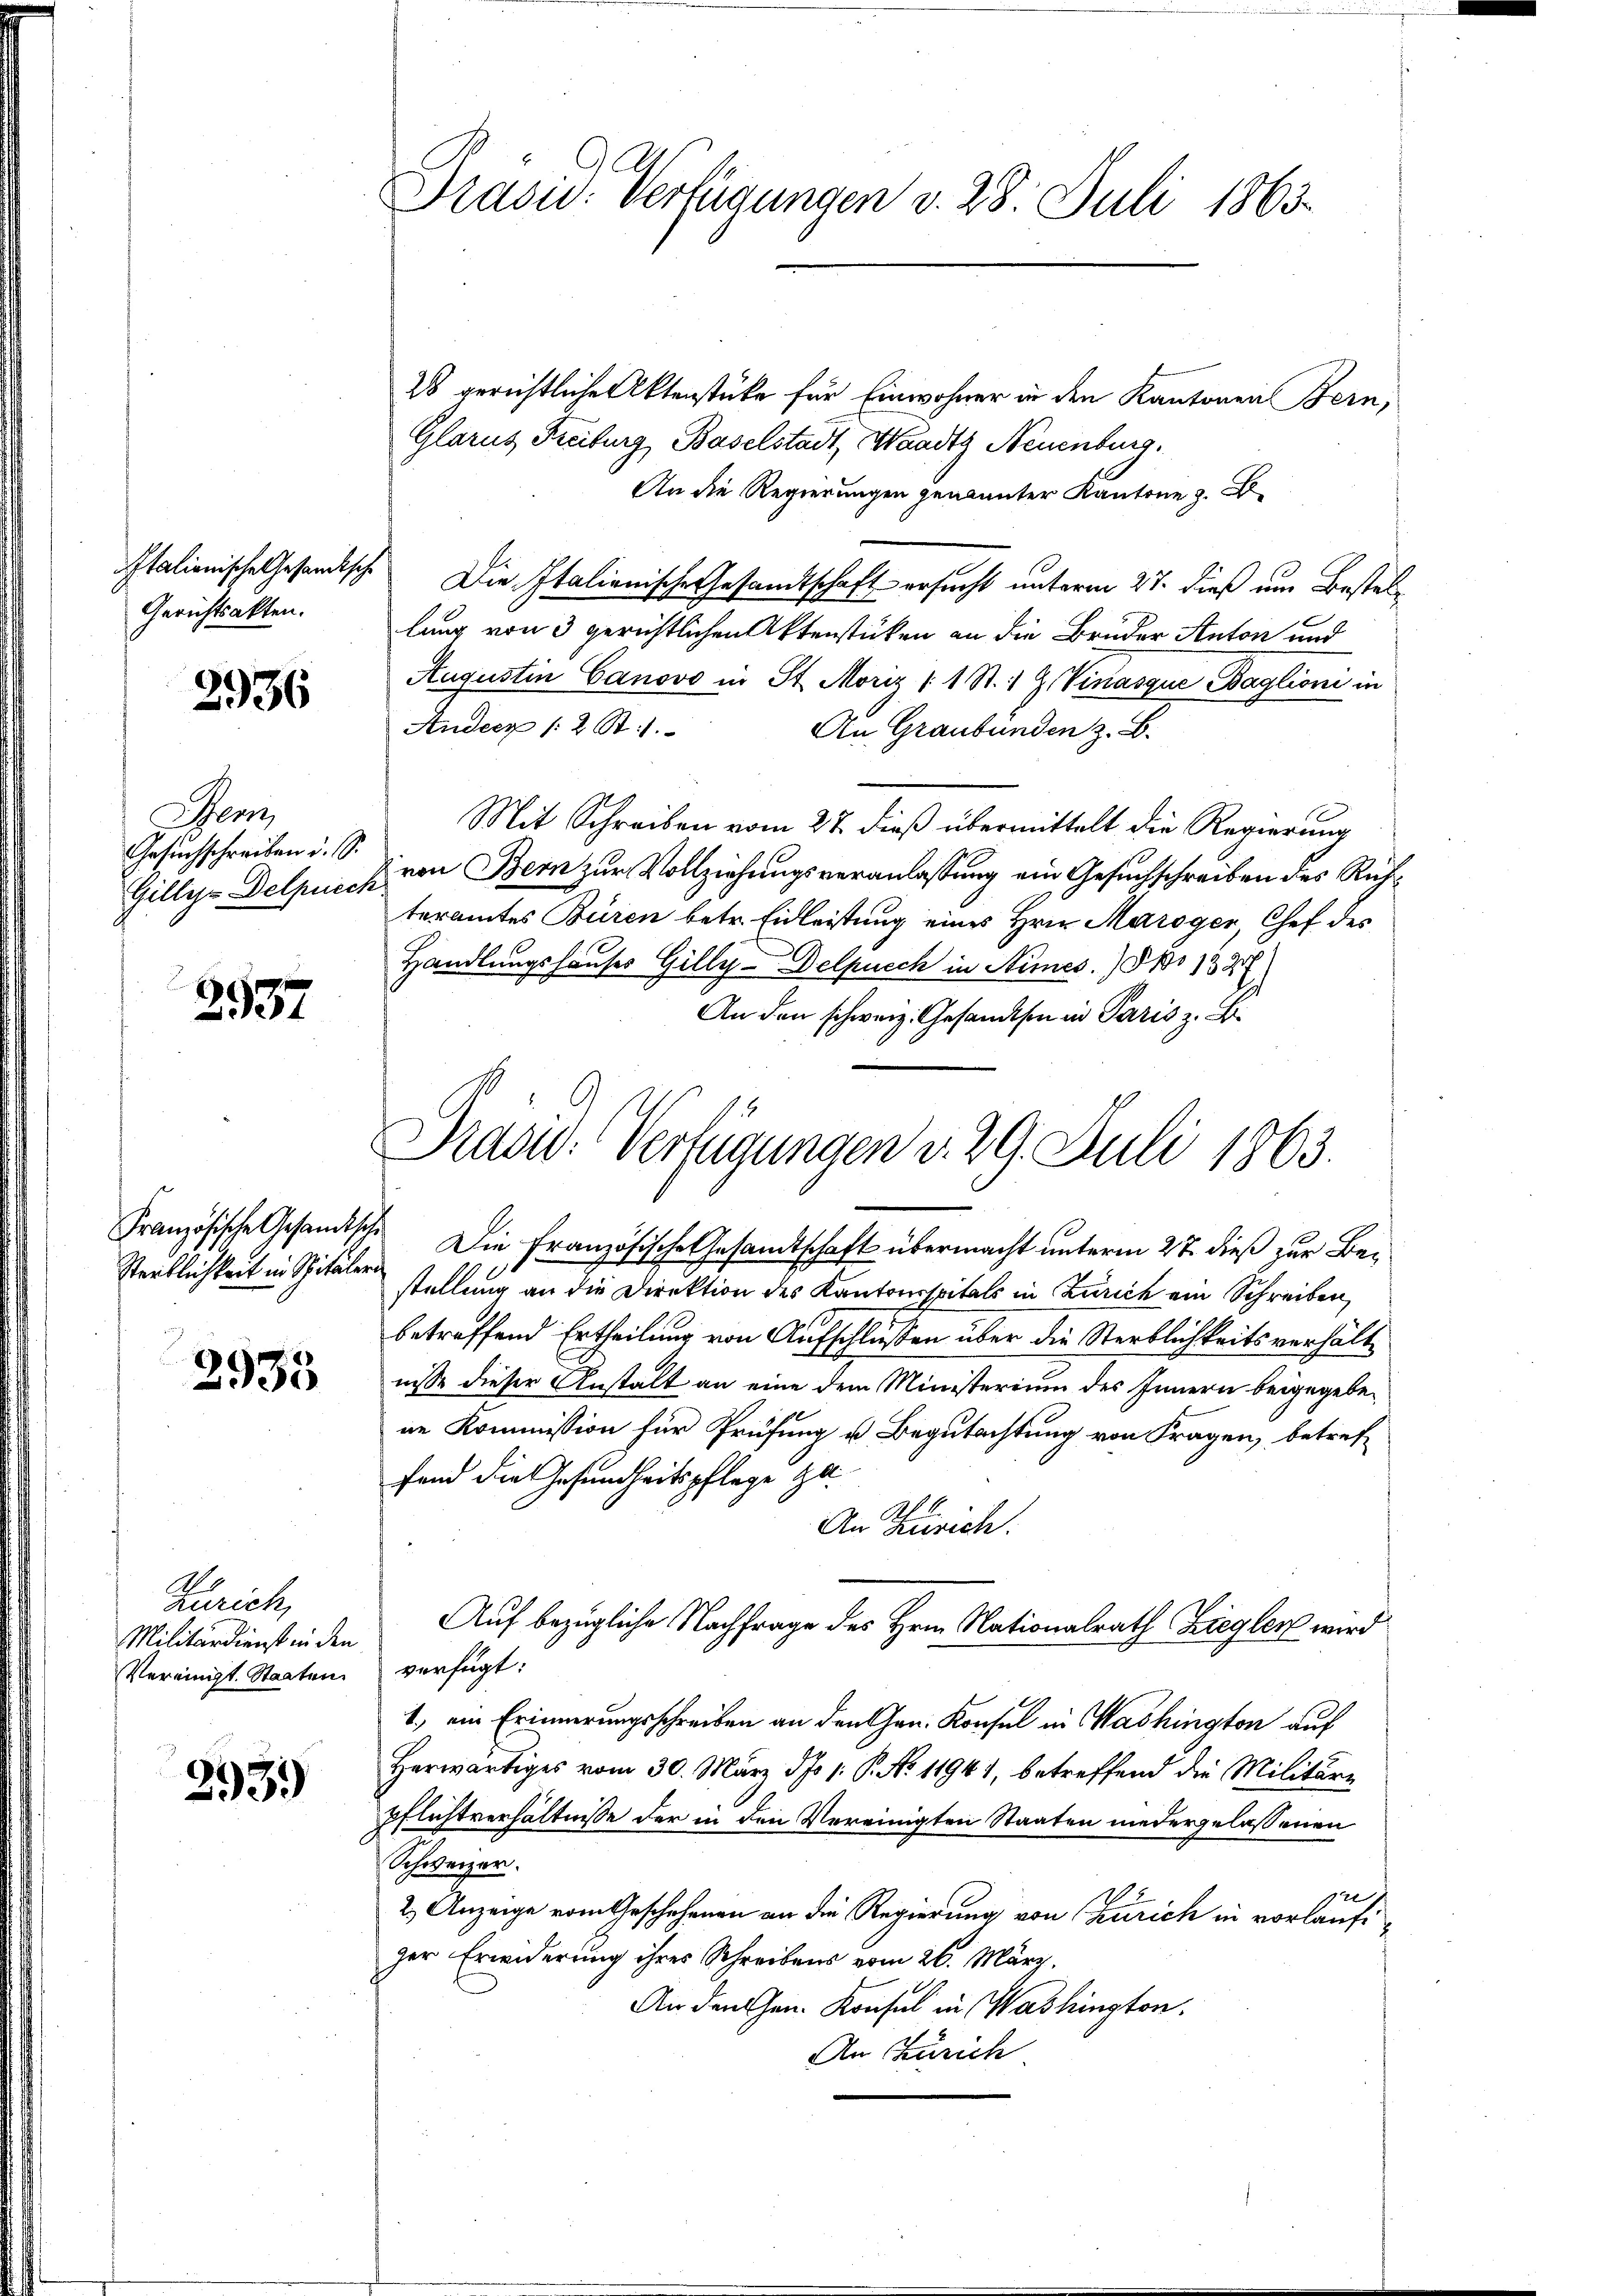
Italienische Gesandtsche
Gerichtsakten.

2936

Gem
Gesuchschreiben u. S.
Gillis Delprees

2937

2935

Zürich,
Militärdienst in den
Vereinigt. Staaten.

293)

Präsid. Verfügungen v. 28. Juli 1863.

28 gerichtliche Aktenstüke für Einwohner in den Kantonen Bern,
Glarus Freiburg, Baselstadt, Waadt Neuenburg.
An die Regierungen genannter Kantone z. B
Die Italienische Gesandtschaft ersucht unterm 27. dieß um Bestellung von 3 gerichtlichen Aktenstücken an die Bruder Anton und
Augustin Canovo in St. Moriz (1 St. 1 Z. Vinasque Baglioni in
Andecz /: 2 St.
An Graubünden z. B.
Mit Schreiben vom 27. dieß übermittelt die Regierung
von Bern zur Vollziehungsveranlassung ein Gesuchschreiben des Richteramtes Buren betr. Eidleistung eines Hrn. Maroger, Chef des
Handlungshauses Gilly - Delpuech in Nimes.) No 1328
An den schweiz. Gesandten in Paris z. B.

Pras-Verfügungen d. 29. Juli 1863.

Französische Gesandische Die Französische Gesamtschaft übermacht unterm 27. dieß zur Be¬
Stentlichkeit in Spitäler stellung an die Direktion des Kantonsspitals in Zürich ein Schreiben,
betreffend Ertheilung von Aufschlüssen über die Sterblichkeitsverhältnisse dieser Anstalt an eine dem Ministerium des Innern beigegebene Kommission für Prüfung u. Begutachtung von Fragen, betreffend die Gesundheitspflege zu
An Zürich.
Auf bezügliche Nachfrage des Hrn. Nationalrath Zieglen wird
verfügt:
1., ein Erinnerungsschreiben an den Hrn. Konsul in Washington auf
Herwärtiges vom 30. März d. 1. P. No 11941, betreffend die Militär-
pflichtverhältnisse der in den Vereinigten Staaten niedergelassenen
Schweizer.
gel
2.) Anzeige vom Geschehenen an die Regierung von Zürich in vorläufiger Erwiderung ihres Schreibens vom 26. März,
An den Gen. Konsul in Washington.
An Zürich.